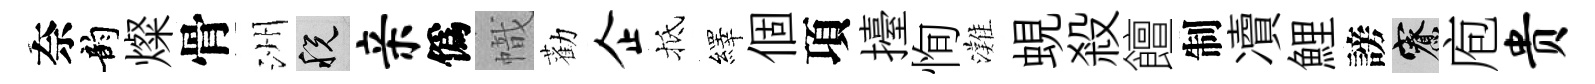
奈韵燦骨洲税亲僞幟勸企抵繹個項擡恂灘蜆殺饘制凟鯉謗寮庖贵